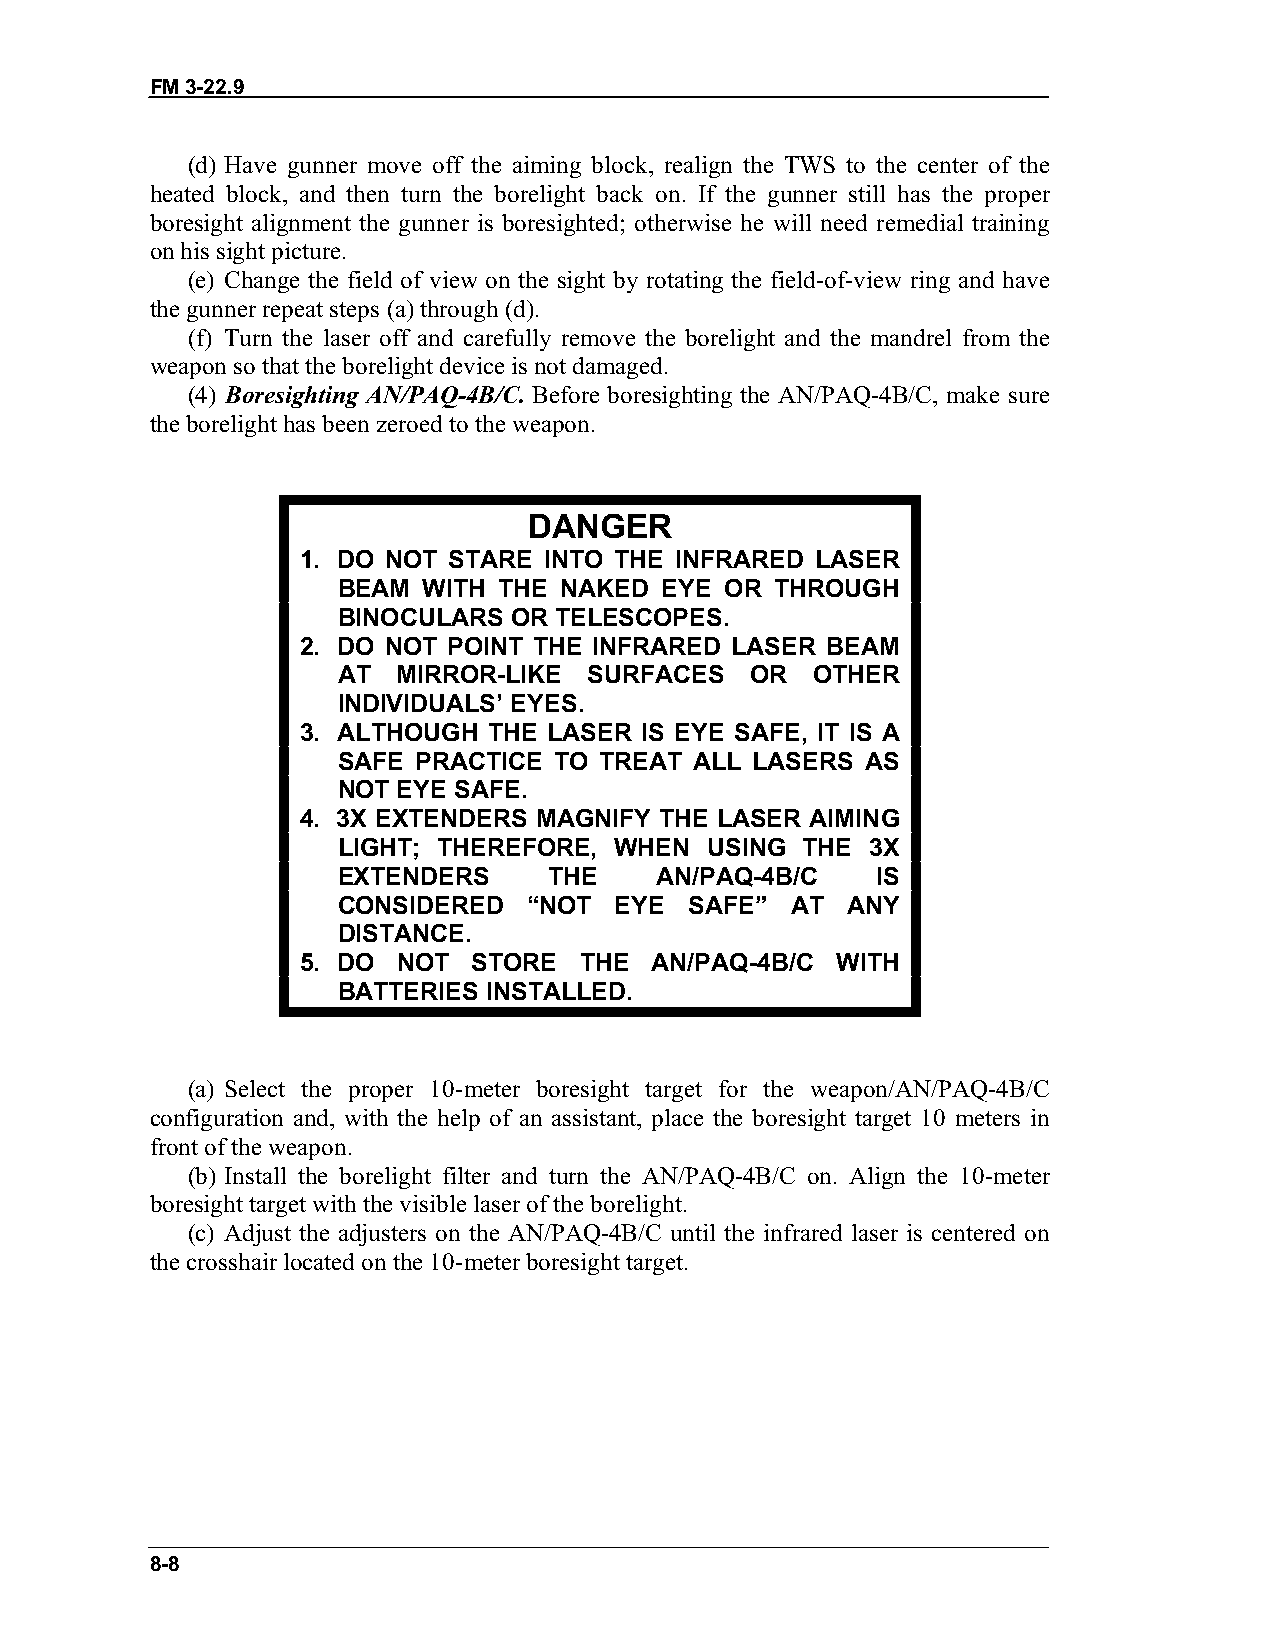
FM 3-22.9
 (d) Have gunner move off the aiming block, realign the TWS to the center of the
 heated block, and then turn the borelight back on. If the gunner still has the proper
 boresight alignment the gunner is boresighted; otherwise he will need remedial training
 on his sight picture.
 (e) Change the field of view on the sight by rotating the field-of-view ring and have
 the gunner repeat steps (a) through (d).
 (f) Turn the laser off and carefully remove the borelight and the mandrel from the
 weapon so that the borelight device is not damaged.
 (4) Boresighting AN/PAQ-4B/C. Before boresighting the AN/PAQ-4B/C, make sure
 the borelight has been zeroed to the weapon.
 DANGER
 1. DO NOT STARE INTO THE INFRARED LASER
 BEAM  WITH THE NAKED  EYE OR THROUGH
 BINOCULARS  OR TELESCOPES.
 2. DO NOT POINT THE INFRARED LASER BEAM
 AT  MIRROR-LIKE  SURFACES   OR  OTHER
 INDIVIDUALS’ EYES.
 3. ALTHOUGH THE LASER IS EYE SAFE, IT IS A
 SAFE PRACTICE  TO TREAT ALL LASERS AS
 NOT EYE SAFE.
 4. 3X EXTENDERS MAGNIFY THE LASER AIMING
 LIGHT; THEREFORE,  WHEN  USING THE  3X
 EXTENDERS     THE    AN/PAQ-4B/C    IS
 CONSIDERED   “NOT  EYE  SAFE” AT  ANY
 DISTANCE.
 5. DO NOT  STORE  THE  AN/PAQ-4B/C WITH
 BATTERIES INSTALLED.
 (a) Select the proper 10-meter boresight target for the weapon/AN/PAQ-4B/C
 configuration and, with the help of an assistant, place the boresight target 10 meters in
 front of the weapon.
 (b) Install the borelight filter and turn the AN/PAQ-4B/C on. Align the 10-meter
 boresight target with the visible laser of the borelight.
 (c) Adjust the adjusters on the AN/PAQ-4B/C until the infrared laser is centered on
 the crosshair located on the 10-meter boresight target.
 8-8